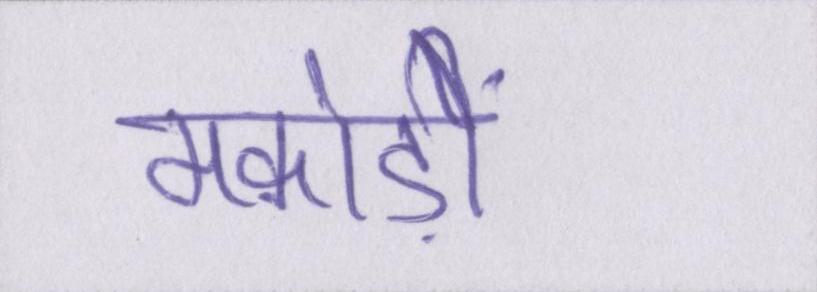
मकोड़ों